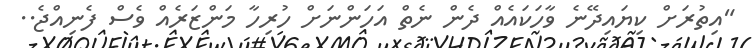
"އިތުރަށް ކިޔައިދޭނެ ވާހަކައެއް ދެން ނެތް އަހަންނަށް ހުރިހާ މަންޒަރެއް ވެސް ފެނިއްޖެ..